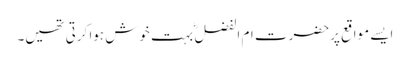
ایسے مواقع پرحضرت ام الفضل ؓ بہت خوش ہوا کرتی تھیں۔